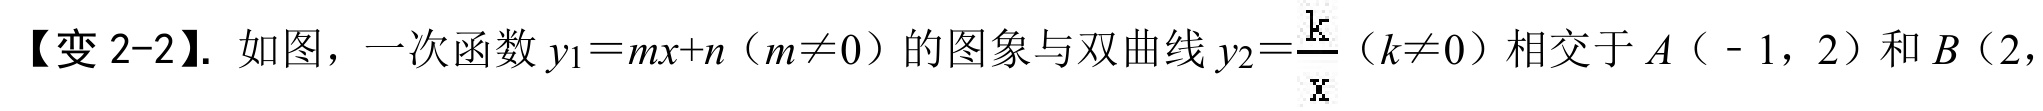
【变2-2】. 如图，一次函数\(y_{1}=mx + n(m\neq0)\)的图象与双曲线\(y_{2}=\frac{k}{x}(k\neq0)\)相交于\(A(-1,2)\)和\(B(2,\)